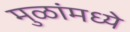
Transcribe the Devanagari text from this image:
मुळांमध्ये